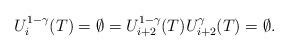
\begin{align*}U_i^{1-\gamma}(T)=\emptyset=U_{i+2}^{1-\gamma}(T) U_{i+2}^\gamma(T)=\emptyset.\end{align*}